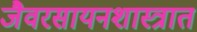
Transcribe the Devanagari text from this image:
जैवरसायनशास्त्रात